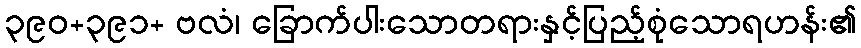
၃၉၀+၃၉၁+ ဗလံ၊ ခြောက်ပါးသောတရားနှင့်ပြည့်စုံသောရဟန်း၏